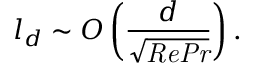
l _ { d } \sim O \left( \frac { d } { \sqrt { { \it { R e P r } } } } \right) .